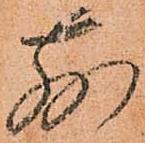
別